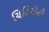
ચિહિરોની